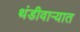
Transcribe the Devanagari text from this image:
थंडीवाऱ्यात